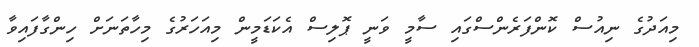
މިއަދުގެ ނިއުސް ކޮންފަރެންސްގައި ސާމީ ވަނީ ޕޮލިސް އެކަޑަމީން މިއަހަރުގެ މިހާތަނަށް ހިންގާފައިވާ